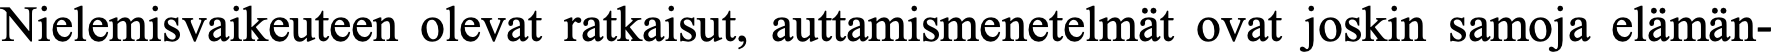
Nielemisvaikeuteen olevat ratkaisut, auttamismenetelmät ovat joskin samoja elämän-